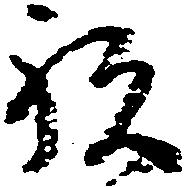
祝